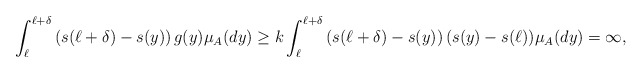
\begin{align*}\int_{\ell}^{\ell+\delta}\left(s(\ell+\delta)-s(y)\right) g(y)\mu_A(dy)\geq k\int_{\ell}^{\ell+\delta}\left(s(\ell+\delta)-s(y)\right)(s(y)-s(\ell)) \mu_A(dy) =\infty,\end{align*}